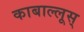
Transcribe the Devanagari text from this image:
काबाल्लूस्